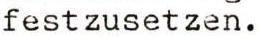
festzusetzen.